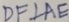
D F \bot A E